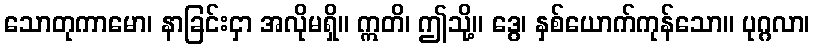
သောတုကာမော၊ နာခြင်းငှာ အလိုမရှိ။ ဣတိ၊ ဤသို့။ ဒွေ၊ နှစ်ယောက်ကုန်သော။ ပုဂ္ဂလာ၊